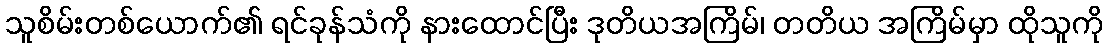
သူစိမ်းတစ်ယောက်၏ ရင်ခုန်သံကို နားထောင်ပြီး ဒုတိယအကြိမ်၊ တတိယ အကြိမ်မှာ ထိုသူကို